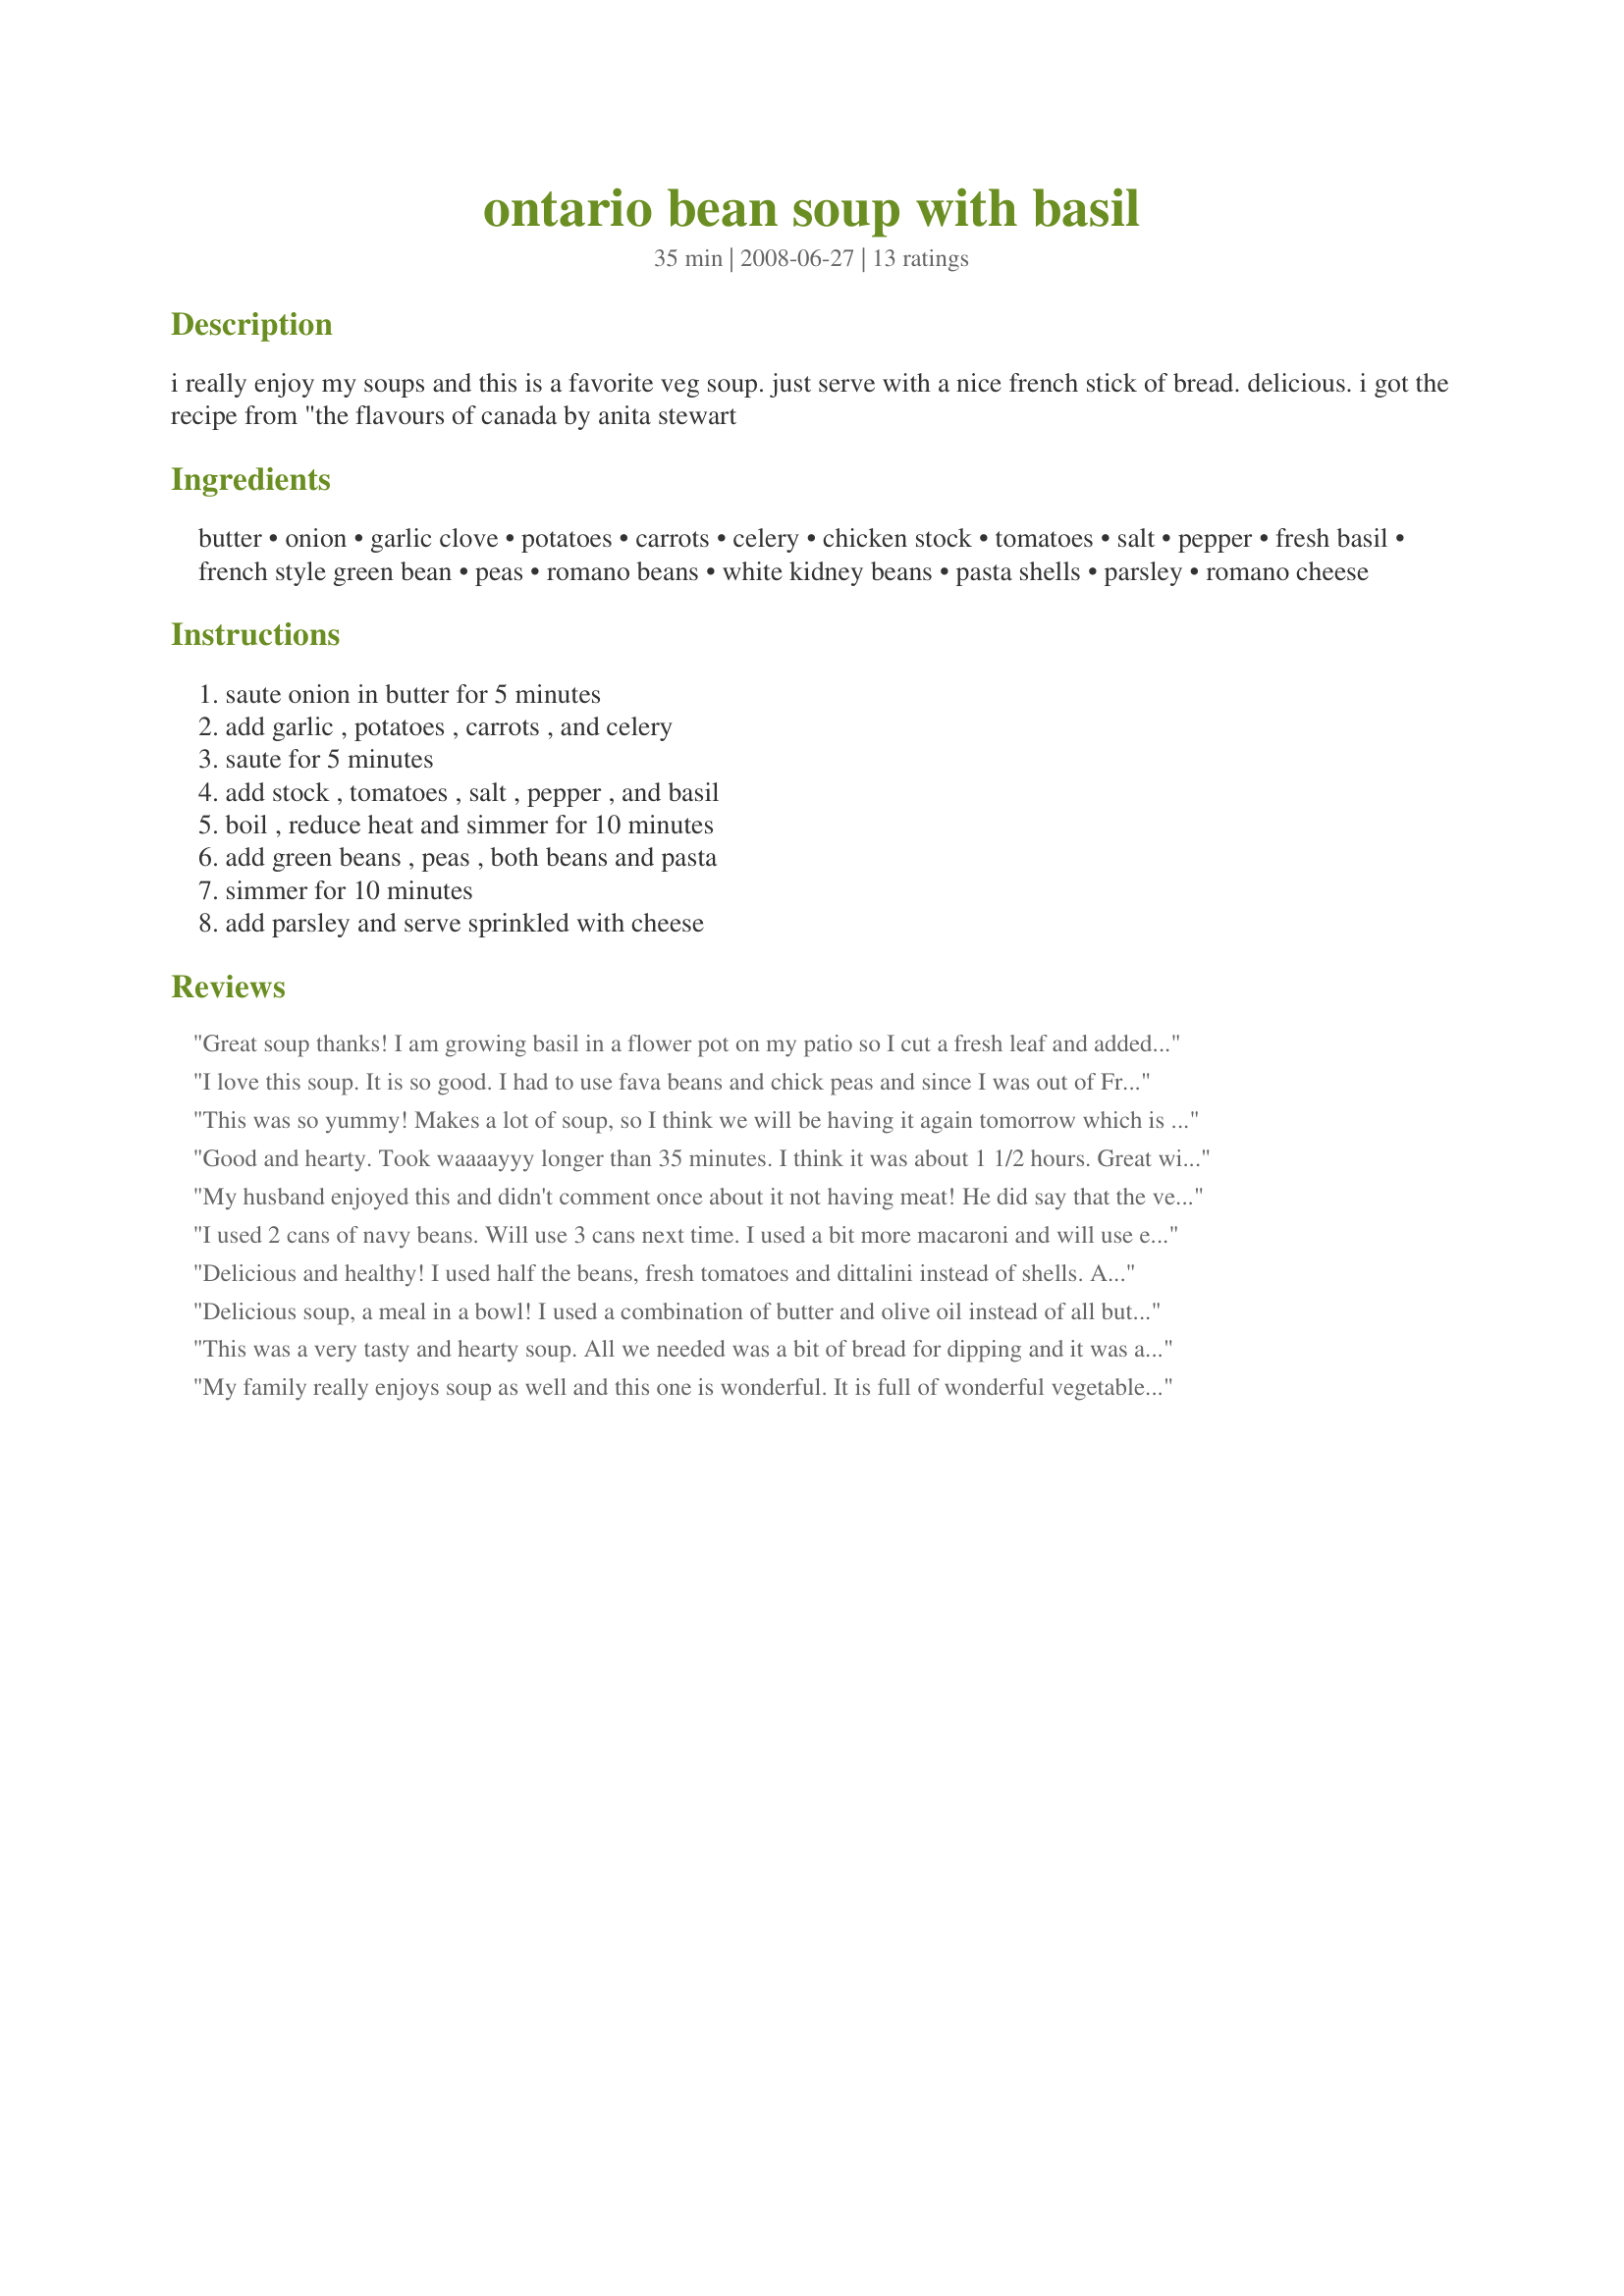
ontario bean soup with basil
Preparation time: 35 minutes

i really enjoy my soups and this is a favorite veg soup. just serve with a nice french stick of bread. delicious. i got the recipe from "the flavours of canada by anita stewart

Ingredients:
butter, onion, garlic clove, potatoes, carrots, celery, chicken stock, tomatoes, salt, pepper, fresh basil, french style green bean, peas, romano beans, white kidney beans, pasta shells, parsley, romano cheese

Steps:
saute onion in butter for 5 minutes, add garlic , potatoes , carrots , and celery, saute for 5 minutes, add stock , tomatoes , salt , pepper , and basil, boil , reduce heat and simmer for 10 minutes, add green beans , peas , both beans and pasta, simmer for 10 minutes, add parsley and serve sprinkled with cheese

Reviews:
Great soup thanks! I am growing basil in a flower pot on my patio so I cut a fresh leaf and added to each serving to add a little extra flavor. I highly recommend this if you have fresh basil. I like a little extra salt and black pepper with a dash of hot sauce to top it off.
I love this soup. It is so good. I had to use fava beans and chick peas and since I was out of French style green beans I used regular green and yellow beans.The only pasta shapes I had were alphabet and rotini so rotini was used. Thanks for posting. Made for ZWT4 Zingo.
This was so yummy! Makes a lot of soup, so I think we will be having it again tomorrow which is fine by me. I used 1 Tbsp canola oil in place of the butter and vegetarian chicken stock (McKays chicken seasoning mixed with water) to cut out a lot of saturated fat and remove the cholesterol. I also only used the equivelent of 1 can of each of the beans, because I wanted it to be more soupy. This turned out so delicious and very healthy! Thanks Marlitt! Made for ZWT4 Zingo - Los Jefes de la Cocina!
Good and hearty. Took waaaayyy longer than 35 minutes. I think it was about 1 1/2 hours. Great with some bread.
My husband enjoyed this and didn't comment once about it not having meat! He did say that the veggies were a bit more firm than he prefers so maybe next time I'll let it simmer in the crockpot. I used two fresh heirloom tomatoes instead of the canned tomatoes. I skipped the green beans and peas. Used two cans of Great Northern Beans (and no other varieties, tho I was tempted to throw in one can of black beans). Three cans of chicken broth (so approx 5 1/4 cups), a couple handfuls of ditalini pasta. No cheese. I believe those are the only changes due to what was on hand, or not. Many thanks--came across this recipe in an effort to use a quantity of basil without making pesto.
I used 2 cans of navy beans. Will use 3 cans next time. I used a bit more macaroni and will use even more next time. I didn't add peas. Very good. Thank you.
Delicious and healthy! I used half the beans, fresh tomatoes and dittalini instead of shells. A lovely bowl of soup, which, like Enjolinfam, I made a bit healthier by using some olive oil instad of all butter and homemade salt free low fat stock. Thanks, Marlitt!
Delicious soup, a meal in a bowl! I used a combination of butter and olive oil instead of all butter, a can of diced tomatoes, fresh yellow beans from my garden, frozen peas, and rinsed the Romano and kidney beans before adding, and small shell pasta. I didn't have Romano cheese so I sprinkled top of each serving with additional fresh chopped parsley and Parmesan cheese. Romano cheese is on my shopping list because I will definitely be making this soup again.
This was a very tasty and hearty soup. All we needed was a bit of bread for dipping and it was a complete meal for us tonight. I used low fat cooking spray instead of the butter and I skipped the cheese to make this a very low fat meal. I used one can of borlotti beans and one can of cannellini beans (white kidney by another name) and that worked really well with all the other veggies. Made for Zaar Star Tag.
My family really enjoys soup as well and this one is wonderful. It is full of wonderful vegetables that we like a lot. I used a sweet Vidalia onion, Yukon gold potatoes, in addition to some fresh chopped oregano and fresh flat-leaf parsley. I also used a combination of Romano, Parmesan and Asiago cheeses. This is wonderful. I made it as part of ZWT4 Zingo Bonus pics for the Tastebud Tickling Travellers.
Excellent soup! It has great flavour. I did only use 1 can of each kind of bean and didn't have excess broth. I will add more broth to the leftovers. I used yellow beans from my garden in place of the French style green beans. I didn't have Romano cheese on hand but grated Parm. did the trick and tasted really nice. I will be making this one often. Thanks for sharing your recipe.
We loved this soup. It is very filling and makes tons. Even my picky 15 year old son loved it and ate 5 bowls. I left out the basil and had to use corn in place of the peas. I also used Aylmer Accents for the tomatoes. This is so healthy and full of flavour. Thanks for the recipe.
First of all, I must say that this soup makes A LOT! Second of all, I must say that it is also very tasty, so A LOT of soup goes quickly! I made this exactly as posted and served it with some toasty garlic bread. I will be making this again!
